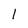
Character: l